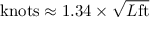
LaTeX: { \mathrm { k n o t s } } \approx 1 . 3 4 \times { \sqrt { L { \mathrm { f t } } } }